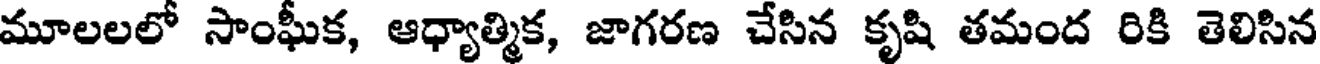
మూలలలో సాంఘీక, ఆధ్యాత్మిక, జాగరణ చేసిన కృషి తమంద రికి తెలిసిన